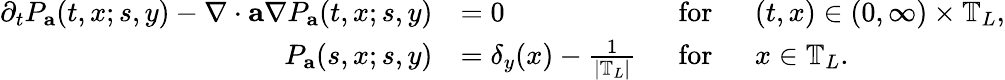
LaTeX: \begin{array}{rlrl}{\partial_{t}P_{\mathbf{a}}(t,x;s,y)-\nabla\cdot\mathbf{a}\nabla P_{\mathbf{a}}(t,x;s,y)}&{=0}&{~~\mathrm{for}}&{~~(t,x)\in(0,\infty)\times\mathbb{T}_{L},}\\ {P_{\mathbf{a}}(s,x;s,y)}&{=\delta_{y}(x)-\frac{1}{\left|\mathbb{T}_{L}\right|}}&{~~\mathrm{for}}&{~~x\in\mathbb{T}_{L}.}\end{array}